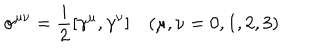
LaTeX: \sigma ^ { \mu \nu } = \frac { i } { 2 } [ \gamma ^ { \mu } , \gamma ^ { \nu } ] \quad ( \mu , \nu = 0 , 1 , 2 , 3 )